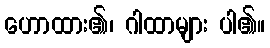
ဟောထား၏၊ ဂါထာများ ပါ၏။